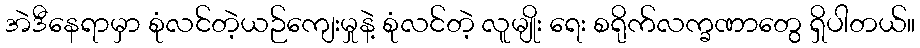
အဲဒီနေရာမှာ စုံလင်တဲ့ယဉ်ကျေးမှုနဲ့ စုံလင်တဲ့ လူမျိုး ရေး စရိုက်လက္ခဏာတွေ ရှိပါတယ်။